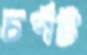
চর্পট